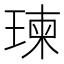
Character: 瑓